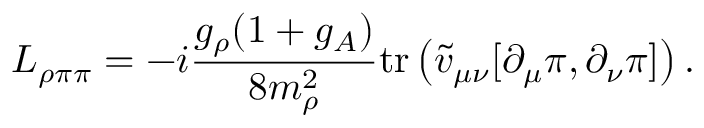
{ \cal L } _ { \rho \pi \pi } = - i \frac { g _ { \rho } ( 1 + g _ { A } ) } { 8 m _ { \rho } ^ { 2 } } \mathrm { t r } \left( \tilde { v } _ { \mu \nu } [ \partial _ { \mu } { \pi } , \partial _ { \nu } { \pi } ] \right) .